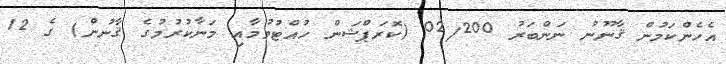
އެހެންކަމުން ޤާނޫނު ނަންބަރު 02/200 (ކޮރަޕްޝަން ހުއްޓުވުމާއި މަނާކުރުމުގެ ޤާނުން) ގެ 12